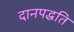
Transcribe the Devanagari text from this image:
दानपद्धति